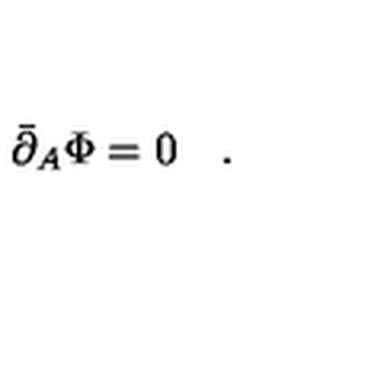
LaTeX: \bar { \partial } _ { A } \Phi = 0 \quad .